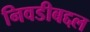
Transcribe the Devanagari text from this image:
निवडीबद्दल